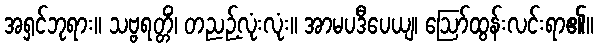
အရှင်ဘုရား။ သဗ္ဗရတ္တိံ၊ တညဉ့်လုံးလုံး။ အာမပဒီပေယျ၊ ဩော်ထွန်းလင်းရာ၏။